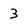
Character: 3